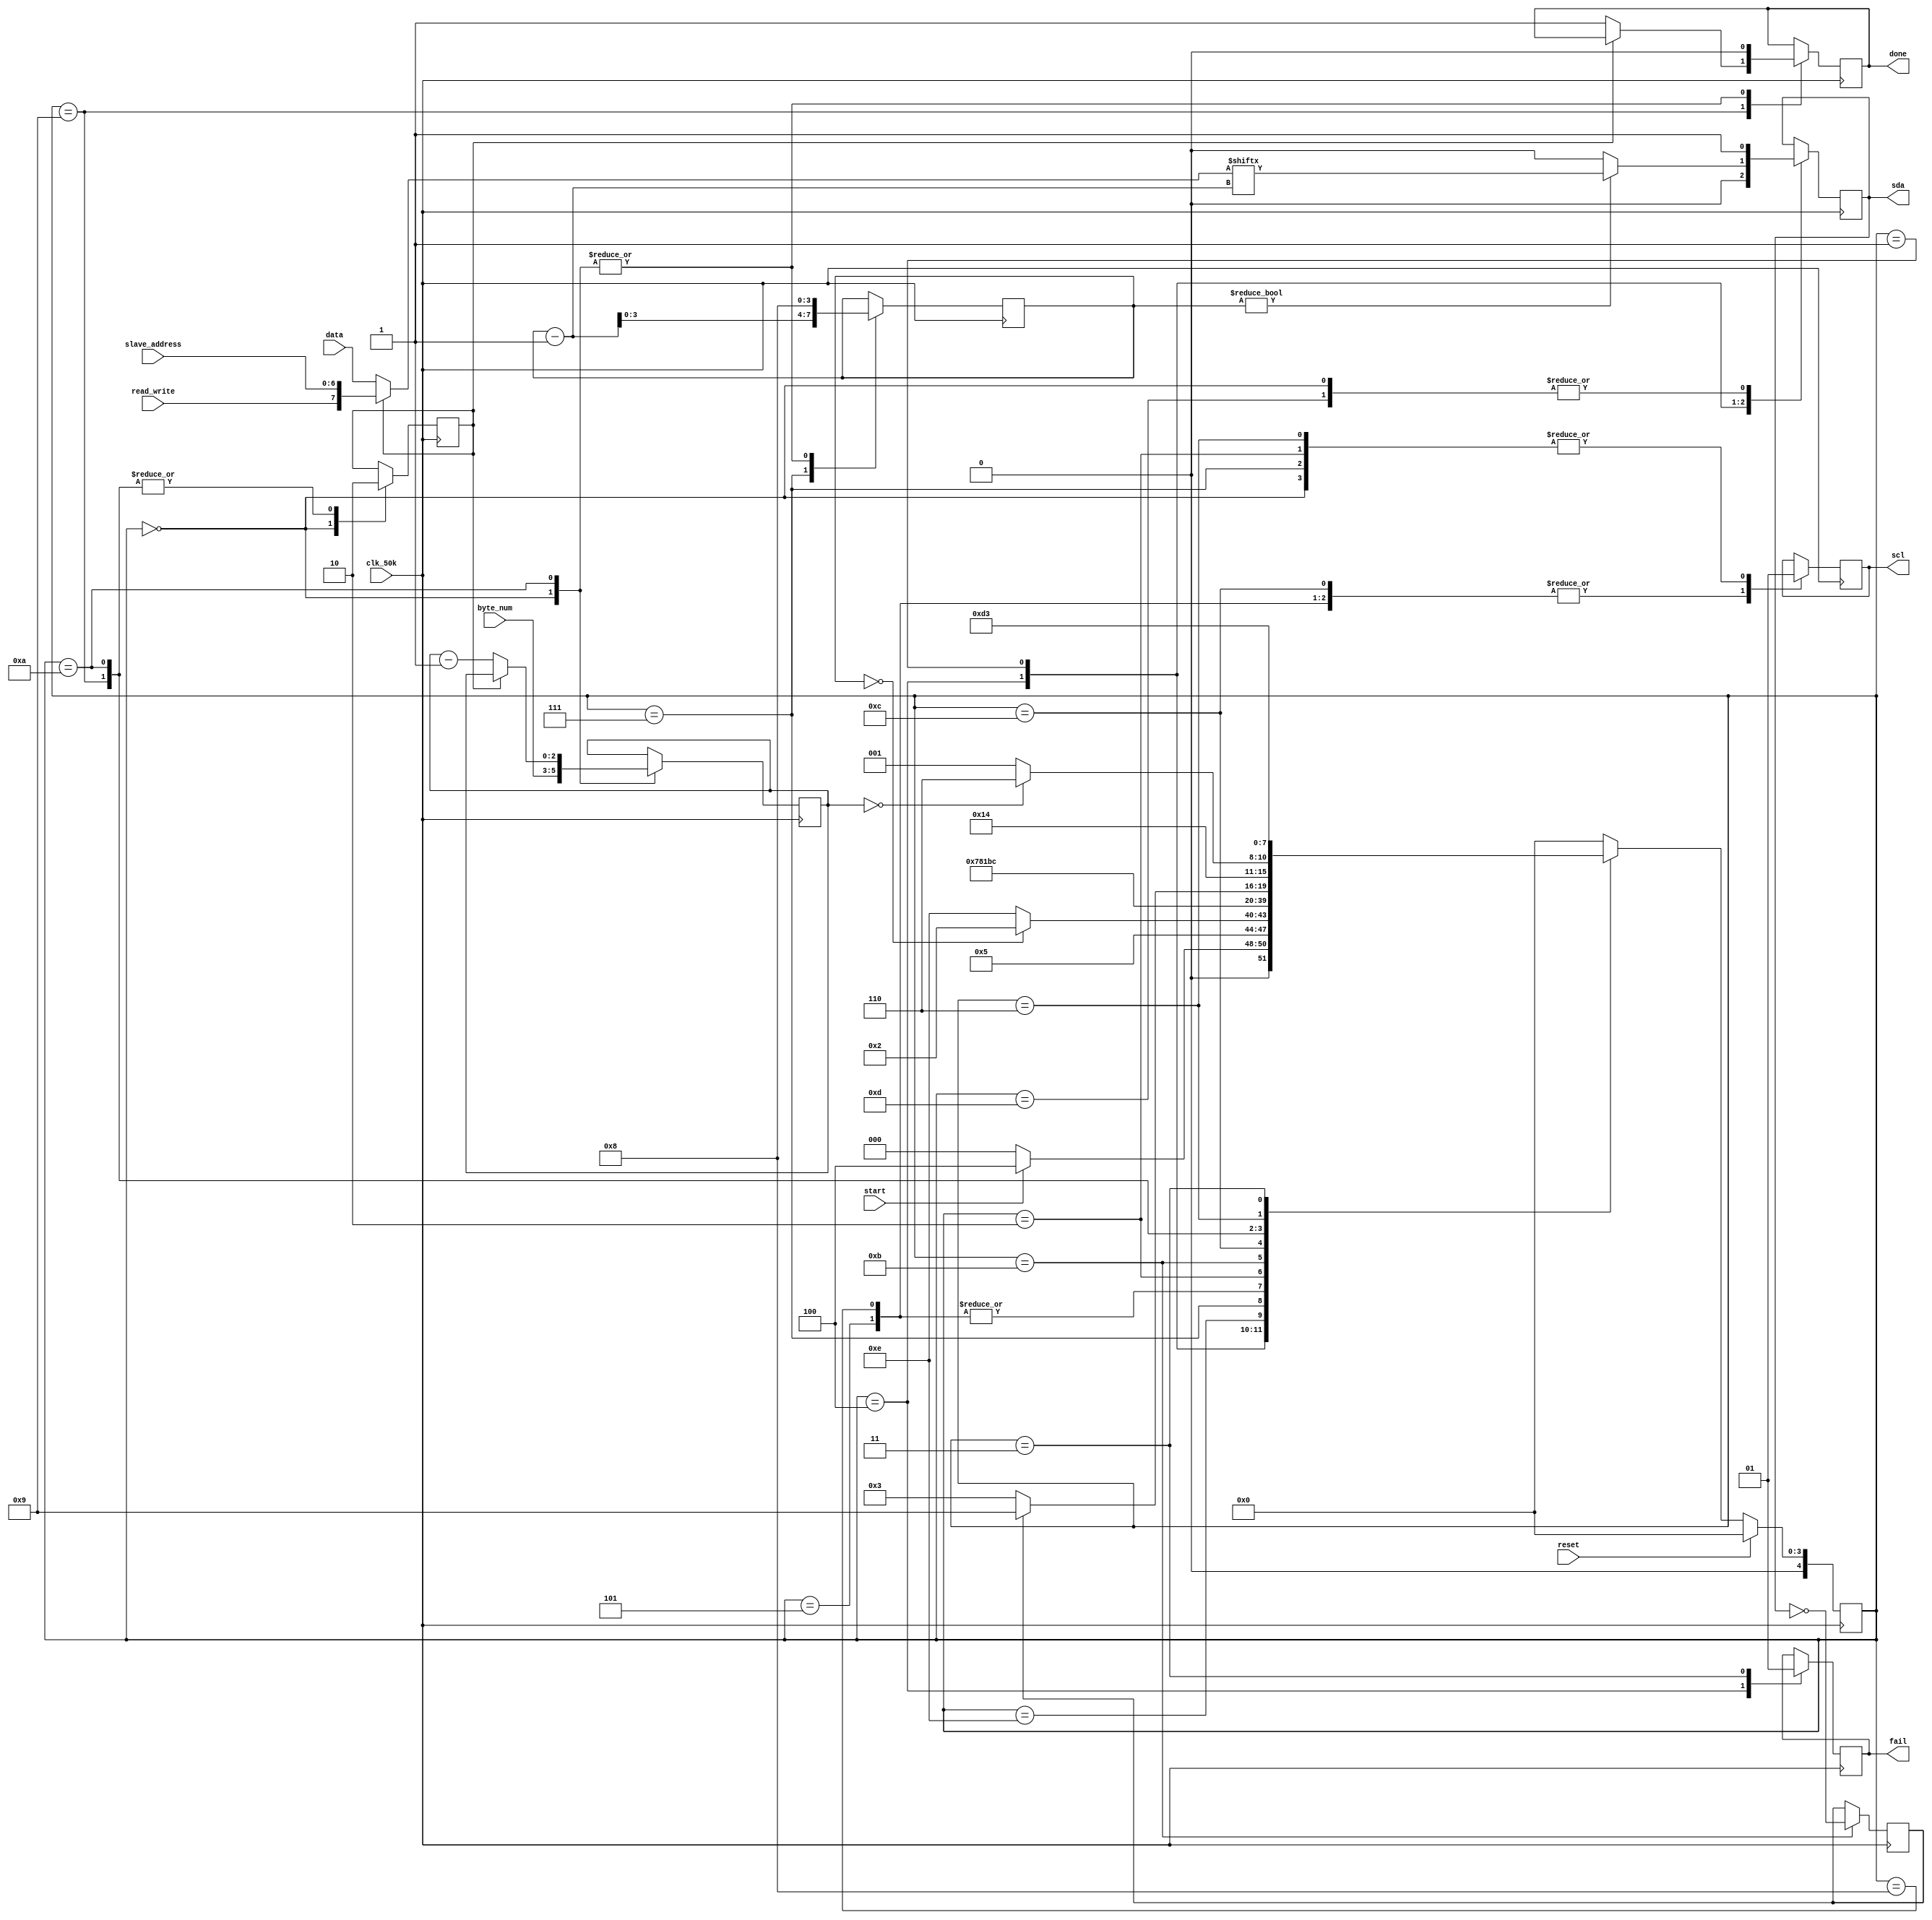
module i2c_master_top
(
	input clk_50k, // 50khz clock source to stay within i2c standard speed
	input wire reset, // synchronous reset
	input wire start, // start communication
	output reg sda, // data line
	output reg scl, // clock line
	input wire [6:0] slave_address, // address for slave from higher level core
	input wire read_write, // read is high, write is low
	input wire [7:0] data, // data to write
	input wire [2:0] byte_num, // number of bytes to send in transmission
	output reg done, // marks the end of a successful byte transmission
	output reg fail // flag for failed transmission 
);

reg [3:0] counter; // counter for address/data transmission state machines
reg [7:0] message; // message to send on sda
reg [4:0] state, next_state; // states
reg ack; // does slave ack or not
reg [2:0] byte_num_local; // local register for byte transmission number
reg address; // selects between transmitting address and data

localparam // states for FSM
	IDLE = 0, 
	SEND_1 = 1,
	ACK_NACK_1 = 2,
	FAIL = 3,
	START_1 = 4,
	START_2 = 5,
	STOP = 6,
	SEND_2 = 7,
	SEND_3 = 8,
	DONE_1 = 9,
	DONE_2 = 10,
	ACK_NACK_2 = 11,
	ACK_NACK_3 = 12,
	STOP_2 = 13,
	DELAY = 14;

always @ (posedge clk_50k) begin

	if (reset) begin // synchronours hardware reset
		state <= IDLE;	
	end
	else
		state <= next_state;

	case (state)
		IDLE : begin
			address <= 1;
			counter <= 8;
			scl <= 1;
			sda <= 1;
			byte_num_local <= byte_num;
			done <= 0;
		end
		START_1 : begin
			fail <= 0;
			sda <= 0;
		end
		START_2 : begin
			scl <= 0;
		end
		SEND_1 : begin
			sda <= (counter != 0) ? message[counter - 1] : 0;
		end
		SEND_2 : begin
			scl <= 1;
			counter <= counter - 1;
		end
		SEND_3 : begin
			scl <= 0;
		end
		ACK_NACK_1 : begin
			scl <= 1;
		end
		ACK_NACK_2 : begin
			ack <= !sda;
		end
		ACK_NACK_3 : begin
			scl <= 0;
		end
		STOP : begin
			scl <= 1;
		end
		STOP_2 : begin
			sda <= 1;
		end
		DONE_1 : begin
			done <= (address) ? done : 1;
			address <= 0;
		end
		DONE_2 : begin
			byte_num_local <= (address) ? byte_num_local : byte_num_local - 1;
			counter <= 8;
			address <= 0;
			done <= 0;
		end
		FAIL : begin
			fail <= 1;
		end

	endcase
end

always @ (*) begin

	message = (address) ? {read_write, slave_address} : data;

	case (state)
		IDLE : next_state = (start) ? START_1 : IDLE; // wait for start signal
		START_1 : next_state = START_2;
		START_2 : next_state = SEND_1;
		SEND_1 : next_state = (counter == 0) ? ACK_NACK_1 : DELAY; // if 8 bits have been sent, check for ACK
		DELAY	: next_state = SEND_2;
		SEND_2 : next_state = SEND_3;
		SEND_3 : next_state = SEND_1;
		ACK_NACK_1 : next_state = ACK_NACK_2; // pulse scl and wait for ACK/NACK
		ACK_NACK_2 : next_state = ACK_NACK_3;
		ACK_NACK_3 : next_state = (ack) ? DONE_1 : FAIL; // next state depending on ACK
		DONE_1 : next_state = DONE_2;
		DONE_2 : next_state = (byte_num_local == 0) ? STOP : SEND_1;
		STOP : next_state = STOP_2;
		STOP_2 : next_state = IDLE;
		FAIL : next_state = FAIL; // wait in FAIL until a reset occurs
		default : next_state = IDLE;
	endcase

end

endmodule